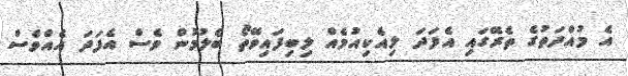
އެ މުއްދަތުގެ ތެރޭގައި އެފަދަ ލިއެކިއުމެއް ލިބިފައިވޭތޯ ބެލުމުން ވެސް އެފަދަ އެއްވެސް